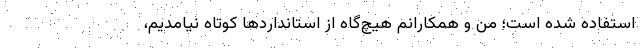
استفاده شده است؛ من و همکارانم هیچ‌گاه از استانداردها کوتاه نیامدیم،